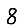
Digit: 8